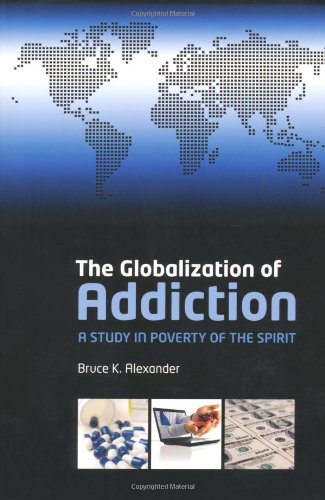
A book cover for The Globalization of Addiction: A Study in Poverty of the Spirit; Bruce Alexander; Medical Books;